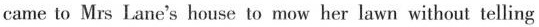
came to Mrs Lane's house to mow her lawn without telling